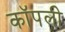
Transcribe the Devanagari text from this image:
कॉपली